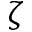
\zeta